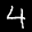
Digit: 4